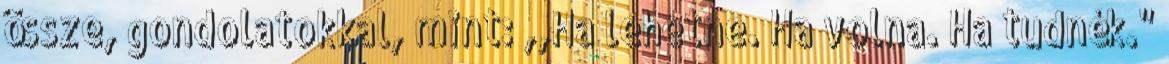
össze, gondolatokkal, mint: ,,Ha lehetne. Ha volna. Ha tudnék."